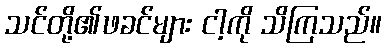
သင်တို့၏ဖခင်များ ငါ့ကို သိကြသည်။